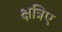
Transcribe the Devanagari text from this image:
क्षत्रिए